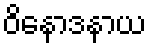
ဝိနောဒနာယ